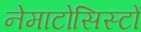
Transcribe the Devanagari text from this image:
नेमाटोसिस्टों